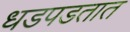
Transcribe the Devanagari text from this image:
धडपडतात